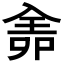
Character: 𠓳